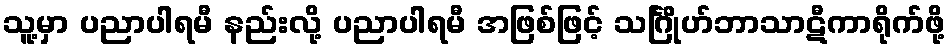
သူ့မှာ ပညာပါရမီ နည်းလို့ ပညာပါရမီ အဖြစ်ဖြင့် သင်္ဂြိုဟ်ဘာသာဋီကာရိုက်ဖို့